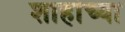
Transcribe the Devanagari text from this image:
शाहांच्या